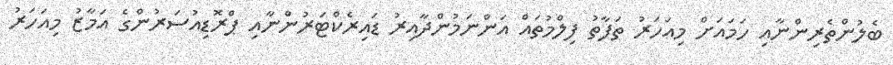
ބެލުންތެރިންނާއި ހަމައަށް މިއަހަރު ތަފާތު ފިލްމުތައް އަންނަމުންދާއިރު ޑައިރެކްޓަރުންނާއި ޕްރޮޑިއުސަރުންގެ އަމާޒު މިއަހަރު